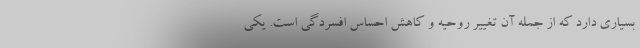
بسیاری دارد که از جمله آن تغییر روحیه و کاهش احساس افسردگی است. یکی